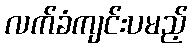
လက်ခံကျင်းပမည့်